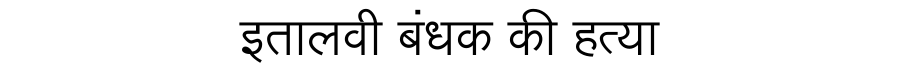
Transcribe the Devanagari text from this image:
इतालवी बंधक की हत्या